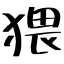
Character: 猥